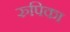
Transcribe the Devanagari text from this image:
रुपिका